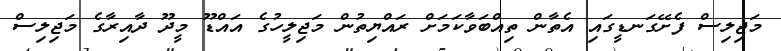
މަޖިލިސް ފެށޭގަނޑީގައި އެތާން ތިއްބަވާކަމަށް ރައްޔިތުން މަޖިލީހުގެ އައްޑޫ މީދޫ ދާއިރާގެ މަޖިލިސް